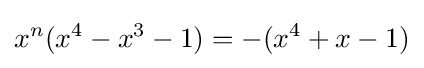
x^{n}(x^{4}-x^{3}-1)=-(x^{4}+x-1)